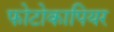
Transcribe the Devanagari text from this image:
फोटोकापियर